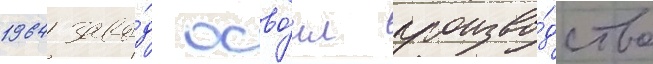
1964 заво́д осво́ил произво́дство